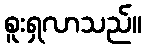
စူးရှလာသည်။